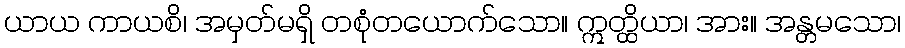
ယာယ ကာယစိ၊ အမှတ်မရှိ တစုံတယောက်သော။ ဣတ္ထိယာ၊ အား။ အန္တမသော၊